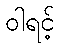
ဝါရင့်